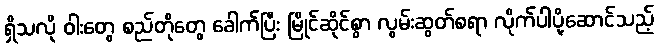
ရှိသလို ဝါးတွေ စည်တိုတွေ ခေါက်ပြီး မြိုင်ဆိုင်စွာ လွမ်းဆွတ်စရာ လိုက်ပါပို့ဆောင်သည့်